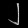
Digit: ၂